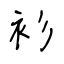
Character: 衫